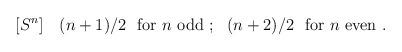
LaTeX: \begin{align*}[S^{n}]~~~ (n+1)/2~~{\rm for}~n~ {\rm odd}~;~~ (n+2)/2~~{\rm for}{}~n~ {\rm even}~.\end{align*}